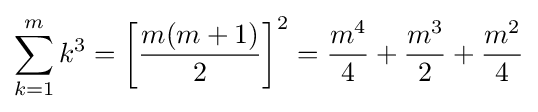
\sum _{k=1}^{m}k^{3}=\left[{\frac {m(m+1)}{2}}\right]^{2}={\frac {m^{4}}{4}}+{\frac {m^{3}}{2}}+{\frac {m^{2}}{4}}